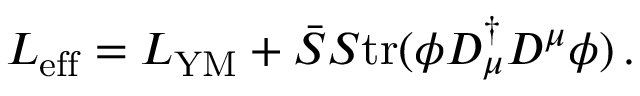
L _ { \mathrm { e f f } } = L _ { \mathrm { Y M } } + \bar { S } S \mathrm { t r } ( \phi D _ { \mu } ^ { \dagger } D ^ { \mu } \phi ) \, .